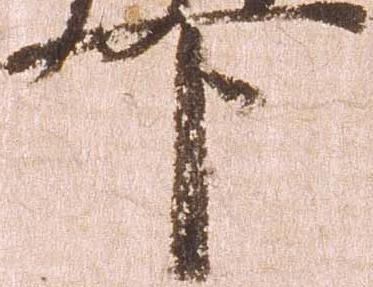
下